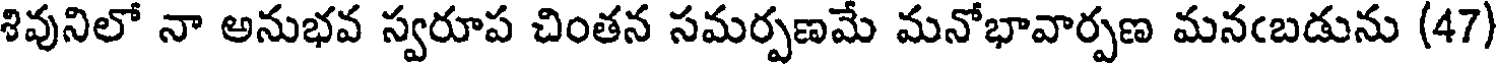
శివునిలో నా అనుభవ స్వరూప చింతన సమర్పణమే మనోభావార్పణ మనఁబడును (47)